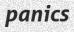
panics